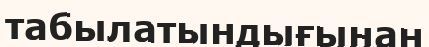
табылатындығынан